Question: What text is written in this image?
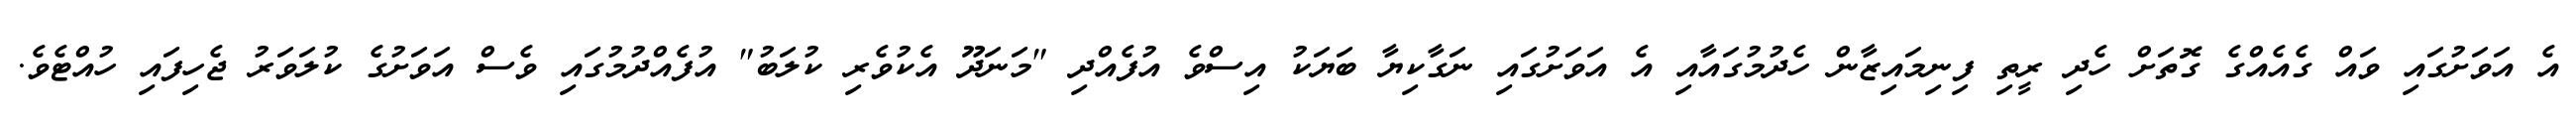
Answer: އެ އަވަށުގައި ވައް ގެއެއްގެ ގޮތަށް ހެދި ރީތި ފިނިމައިޒާން ހެދުމުގައާއި އެ އަވަށުގައި ނަގާކިޔާ ބަޔަކު އިސްވެ އުފެއްދި "މަނަދޫ އެކުވެރި ކުލަބު" އުފެއްދުމުގައި ވެސް އަވަށުގެ ކުލަވަރު ޖެހިފައި ހުއްޓެވެ.